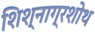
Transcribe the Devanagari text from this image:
शिश्नाग्रशोथ